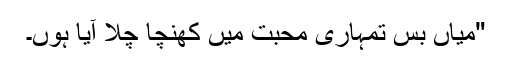
"میاں بس تمہاری محبت میں کھنچا چلا آیا ہوں۔